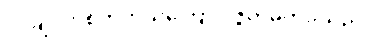
ပိုင်ချင်တဲ့စိတ်ကယ်ကြောင့် ဇွတ်မှိတ်ခဲ့သည်။